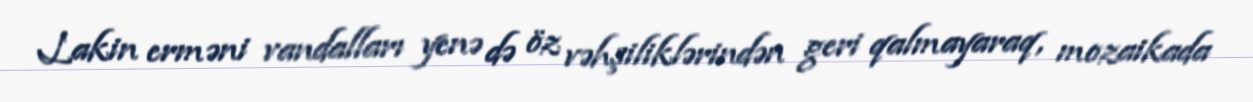
Lakin erməni vandalları yenə də öz vəhşiliklərindən geri qalmayaraq, mozaikada